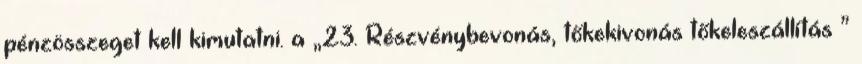
pénzösszeget kell kimutatni. a „23. Részvénybevonás, tőkekivonás tőkeleszállítás ”